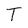
Character: T